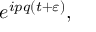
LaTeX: e ^ { i p q ( t + \varepsilon ) } ,